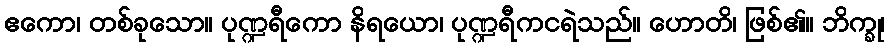
ဧကော၊ တစ်ခုသော။ ပုဏ္ဍရီကော နိရယော၊ ပုဏ္ဍရီကငရဲသည်။ ဟောတိ၊ ဖြစ်၏။ ဘိက္ခု၊